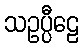
သဥပ္ပီဠေ